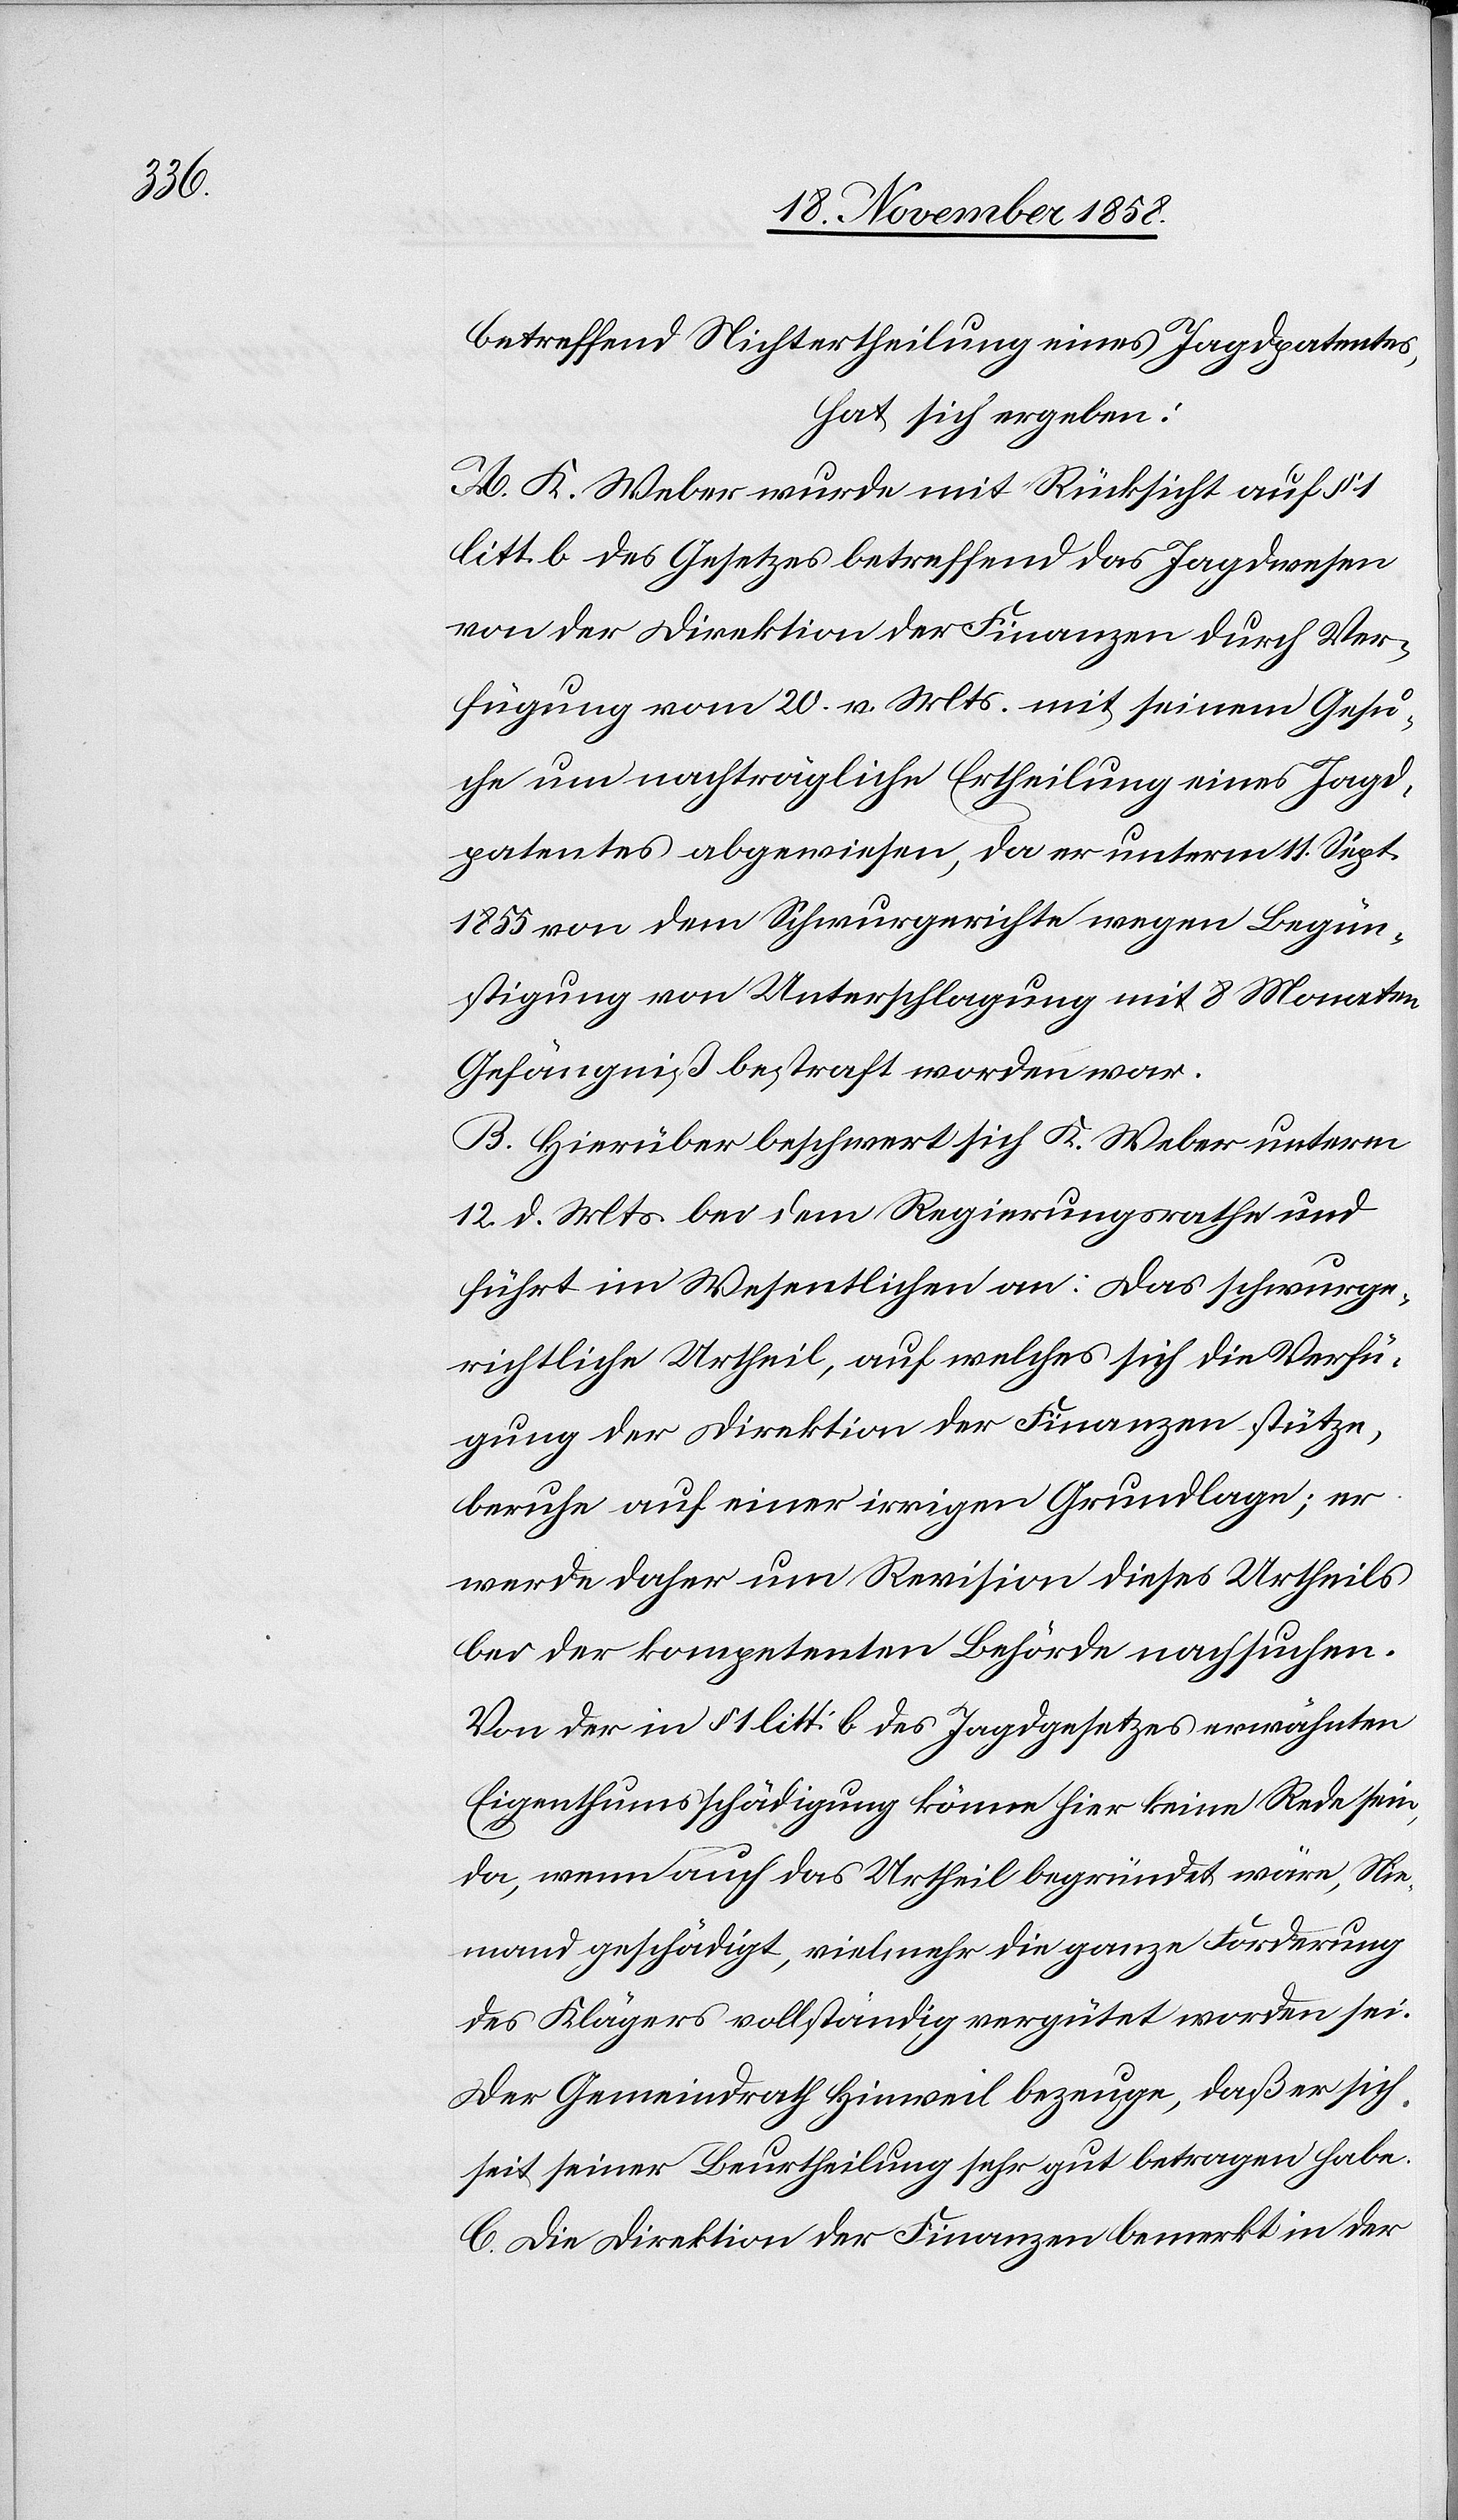
betreffend Nichtertheilung eines Jagdpatentes,
hat sich ergeben:
A. K. Weber wurde mit Rücksicht auf §
litt. b des Gesetzes betreffend das Jagdwesen
von der Direktion der Finanzen durch Ver¬
fügung vom 20. v. Mts. mit seinem Gesu¬
che um nachträgliche Ertheilung eines Jagd¬
patentes abgewiesen, da er unterm 11. Sept.
1855 von dem Schwurgerichte wegen Begün¬
stigung von Unterschlagung mit 8 Monaten
Gefängniß bestraft worden war.
B. Hierüber beschwert sich K. Weber unterm
12. d. Mts. bei dem Regierungsrathe und
führt im Wesentlichen an: Das schwurge¬
richtliche Urtheil, auf welches sich die Verfü¬
gung der Direktion der Finanzen stütze,
beruhe auf einer irrigen Grundlage; er
werde daher um Revision dieses Urtheils
bei der kompetenten Behörde nachsuchen.
Von der in § 1 litt: b des Jagdgesetzes erwähnten
Eigenthumsschädigung könne hier keine Rede sein,
da, wenn auch das Urtheil begründet wäre, Nie¬
mand geschädigt, vielmehr die ganze Forderung
des Klägers vollständig vergütet worden sei.
Der Gemeindrath Hinweil bezeuge, daß er sich
seit seiner Beurtheilung sehr gut betragen habe.
C. Die Direktion der Finanzen bemerkt in der